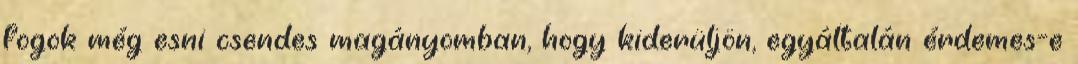
fogok még esni csendes magányomban, hogy kiderüljön, egyáltalán érdemes-e